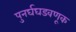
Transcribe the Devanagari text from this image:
पुनर्घघडवणूक